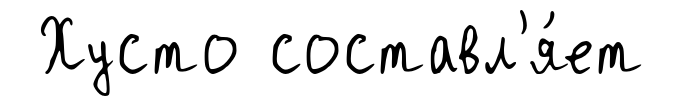
Хусто составл'я́ет